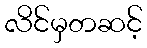
လိင်မှတဆင့်